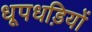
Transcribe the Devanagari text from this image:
धूपधड़ियों